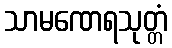
သာမဏေရသုတ္တံ